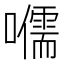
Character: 𡃽